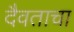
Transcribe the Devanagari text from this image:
दैवताचा